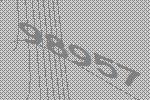
98957